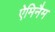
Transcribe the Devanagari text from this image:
ऐमिनैम